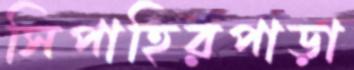
সিপাহিরপাড়া